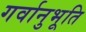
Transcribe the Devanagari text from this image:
गर्वानुभूति